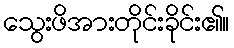
သွေးဖိအားတိုင်းခိုင်း၏။